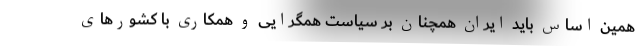
همین اساس باید ایران همچنان بر سیاست همگرایی و همکاری با کشورهای